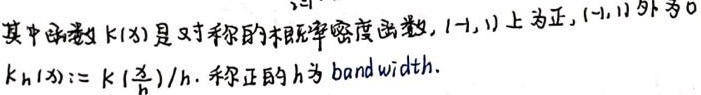
其中函数 $k(x)$ 是对称的核概率密度函数, $(-1,1)$ 上为正, $(-1,1)$ 外为 $0$.
$k_h(x):=k(\frac{x}{h})/h$. 称正的 $h$ 为 $\text{band width}$.